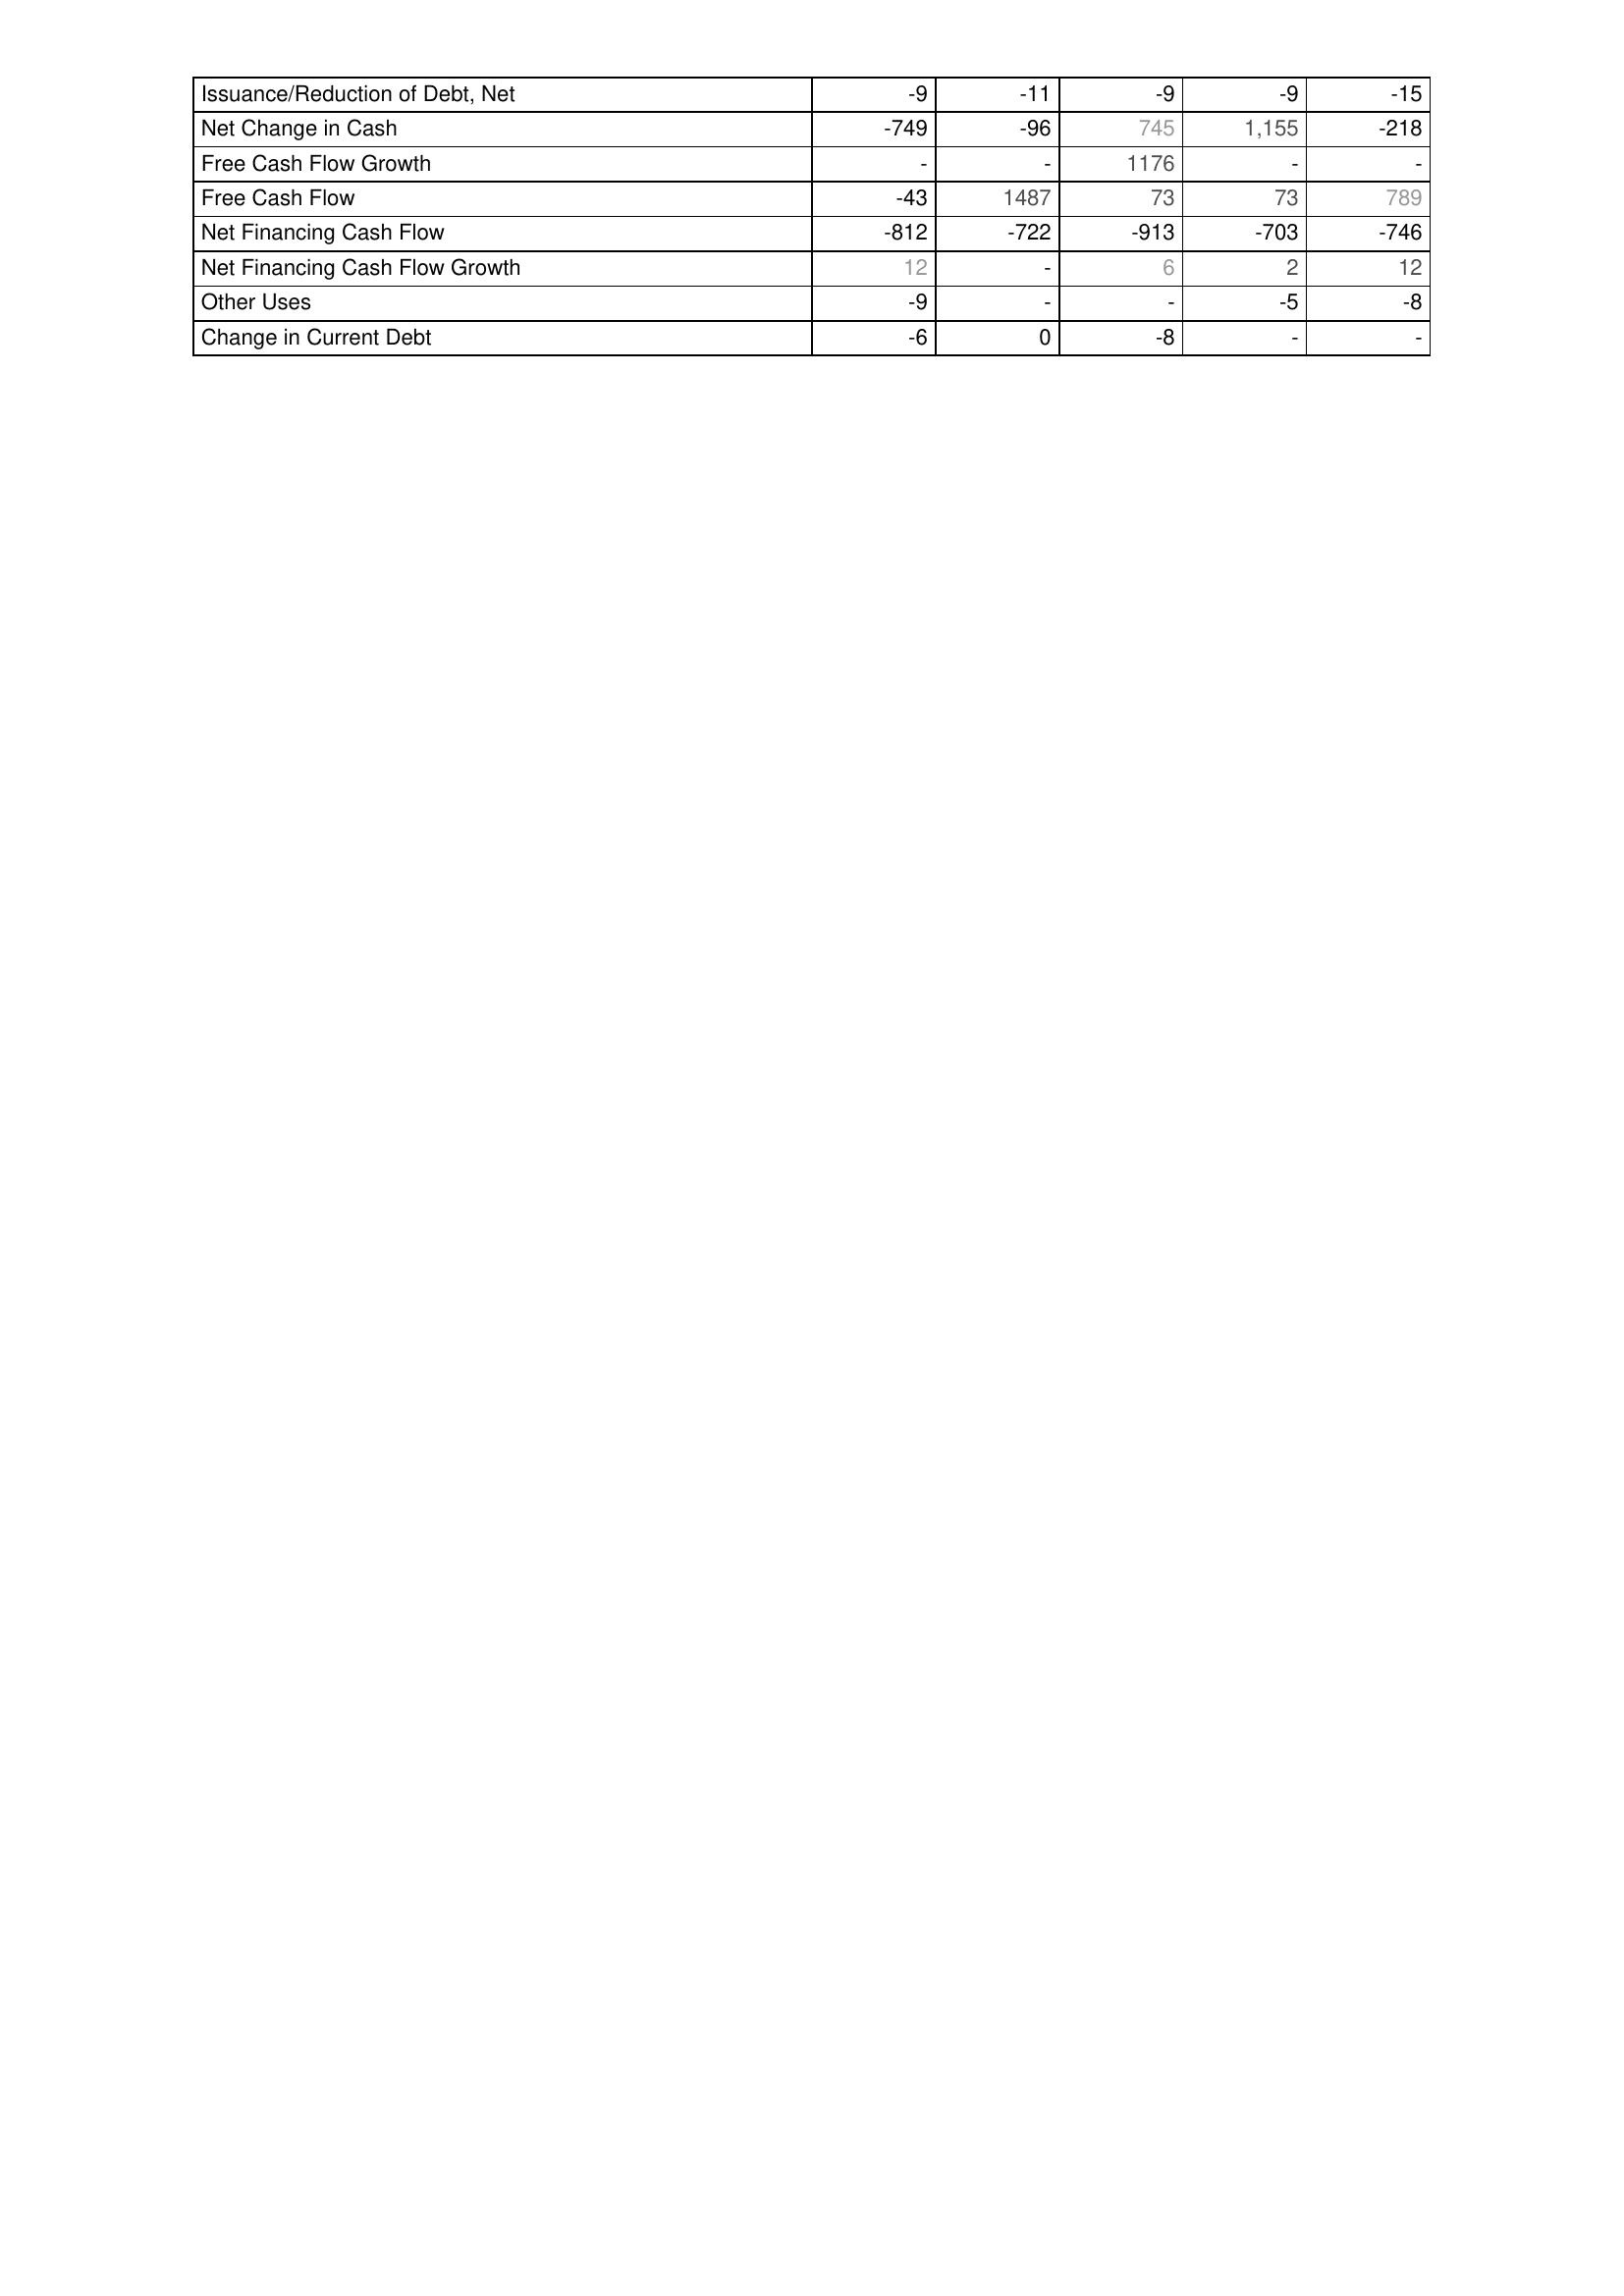
2015: Financing Activities: Issuance/Reduction of Debt, Net: -9
Net Change in Cash: -749
Free Cash Flow Growth: -
Free Cash Flow: -43
Net Financing Cash Flow: -812
Net Financing Cash Flow Growth: 12
Other Uses: -9
Change in Current Debt: -6
2016: Financing Activities: Issuance/Reduction of Debt, Net: -11
Net Change in Cash: -96
Free Cash Flow Growth: -
Free Cash Flow: 1487
Net Financing Cash Flow: -722
Net Financing Cash Flow Growth: -
Other Uses: -
Change in Current Debt: 0
2017: Financing Activities: Issuance/Reduction of Debt, Net: -9
Net Change in Cash: 745
Free Cash Flow Growth: 1176
Free Cash Flow: 73
Net Financing Cash Flow: -913
Net Financing Cash Flow Growth: 6
Other Uses: -
Change in Current Debt: -8
2018: Financing Activities: Issuance/Reduction of Debt, Net: -9
Net Change in Cash: 1,155
Free Cash Flow Growth: -
Free Cash Flow: 73
Net Financing Cash Flow: -703
Net Financing Cash Flow Growth: 2
Other Uses: -5
Change in Current Debt: -
2019: Financing Activities: Issuance/Reduction of Debt, Net: -15
Net Change in Cash: -218
Free Cash Flow Growth: -
Free Cash Flow: 789
Net Financing Cash Flow: -746
Net Financing Cash Flow Growth: 12
Other Uses: -8
Change in Current Debt: -